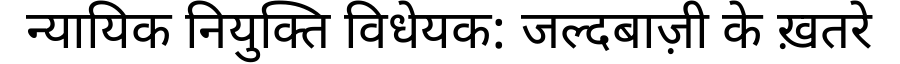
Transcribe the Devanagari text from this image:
न्यायिक नियुक्ति विधेयक: जल्दबाज़ी के ख़तरे